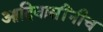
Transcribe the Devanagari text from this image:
आदिवासींनीच